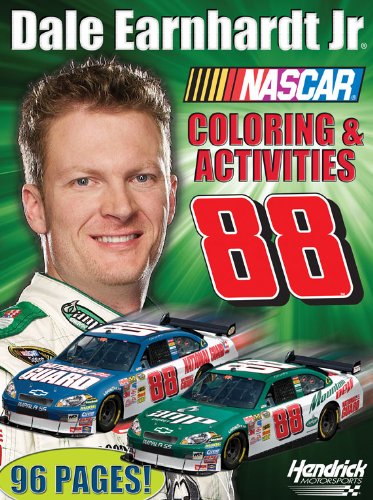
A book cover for Dale Earnhardt Jr. (Nascar Drivers Coloring Book); Children's Books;